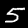
Label: 5